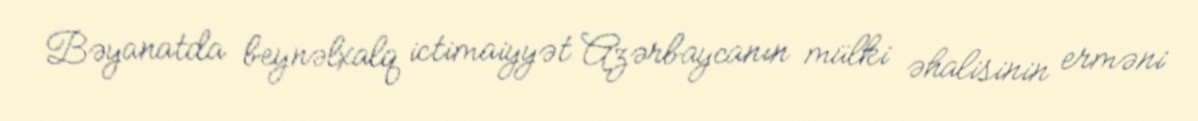
Bəyanatda beynəlxalq ictimaiyyət Azərbaycanın mülki əhalisinin erməni